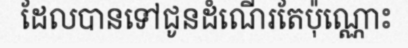
ដែលបានទៅជូនដំណើរតែប៉ុណ្ណោះ